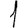
Digit: 1